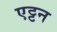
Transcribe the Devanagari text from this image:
एट्टन